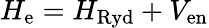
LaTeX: H_{\mathrm{e}}=H_{\mathrm{Ryd}}+V_{\mathrm{en}}